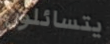
يتسائلون